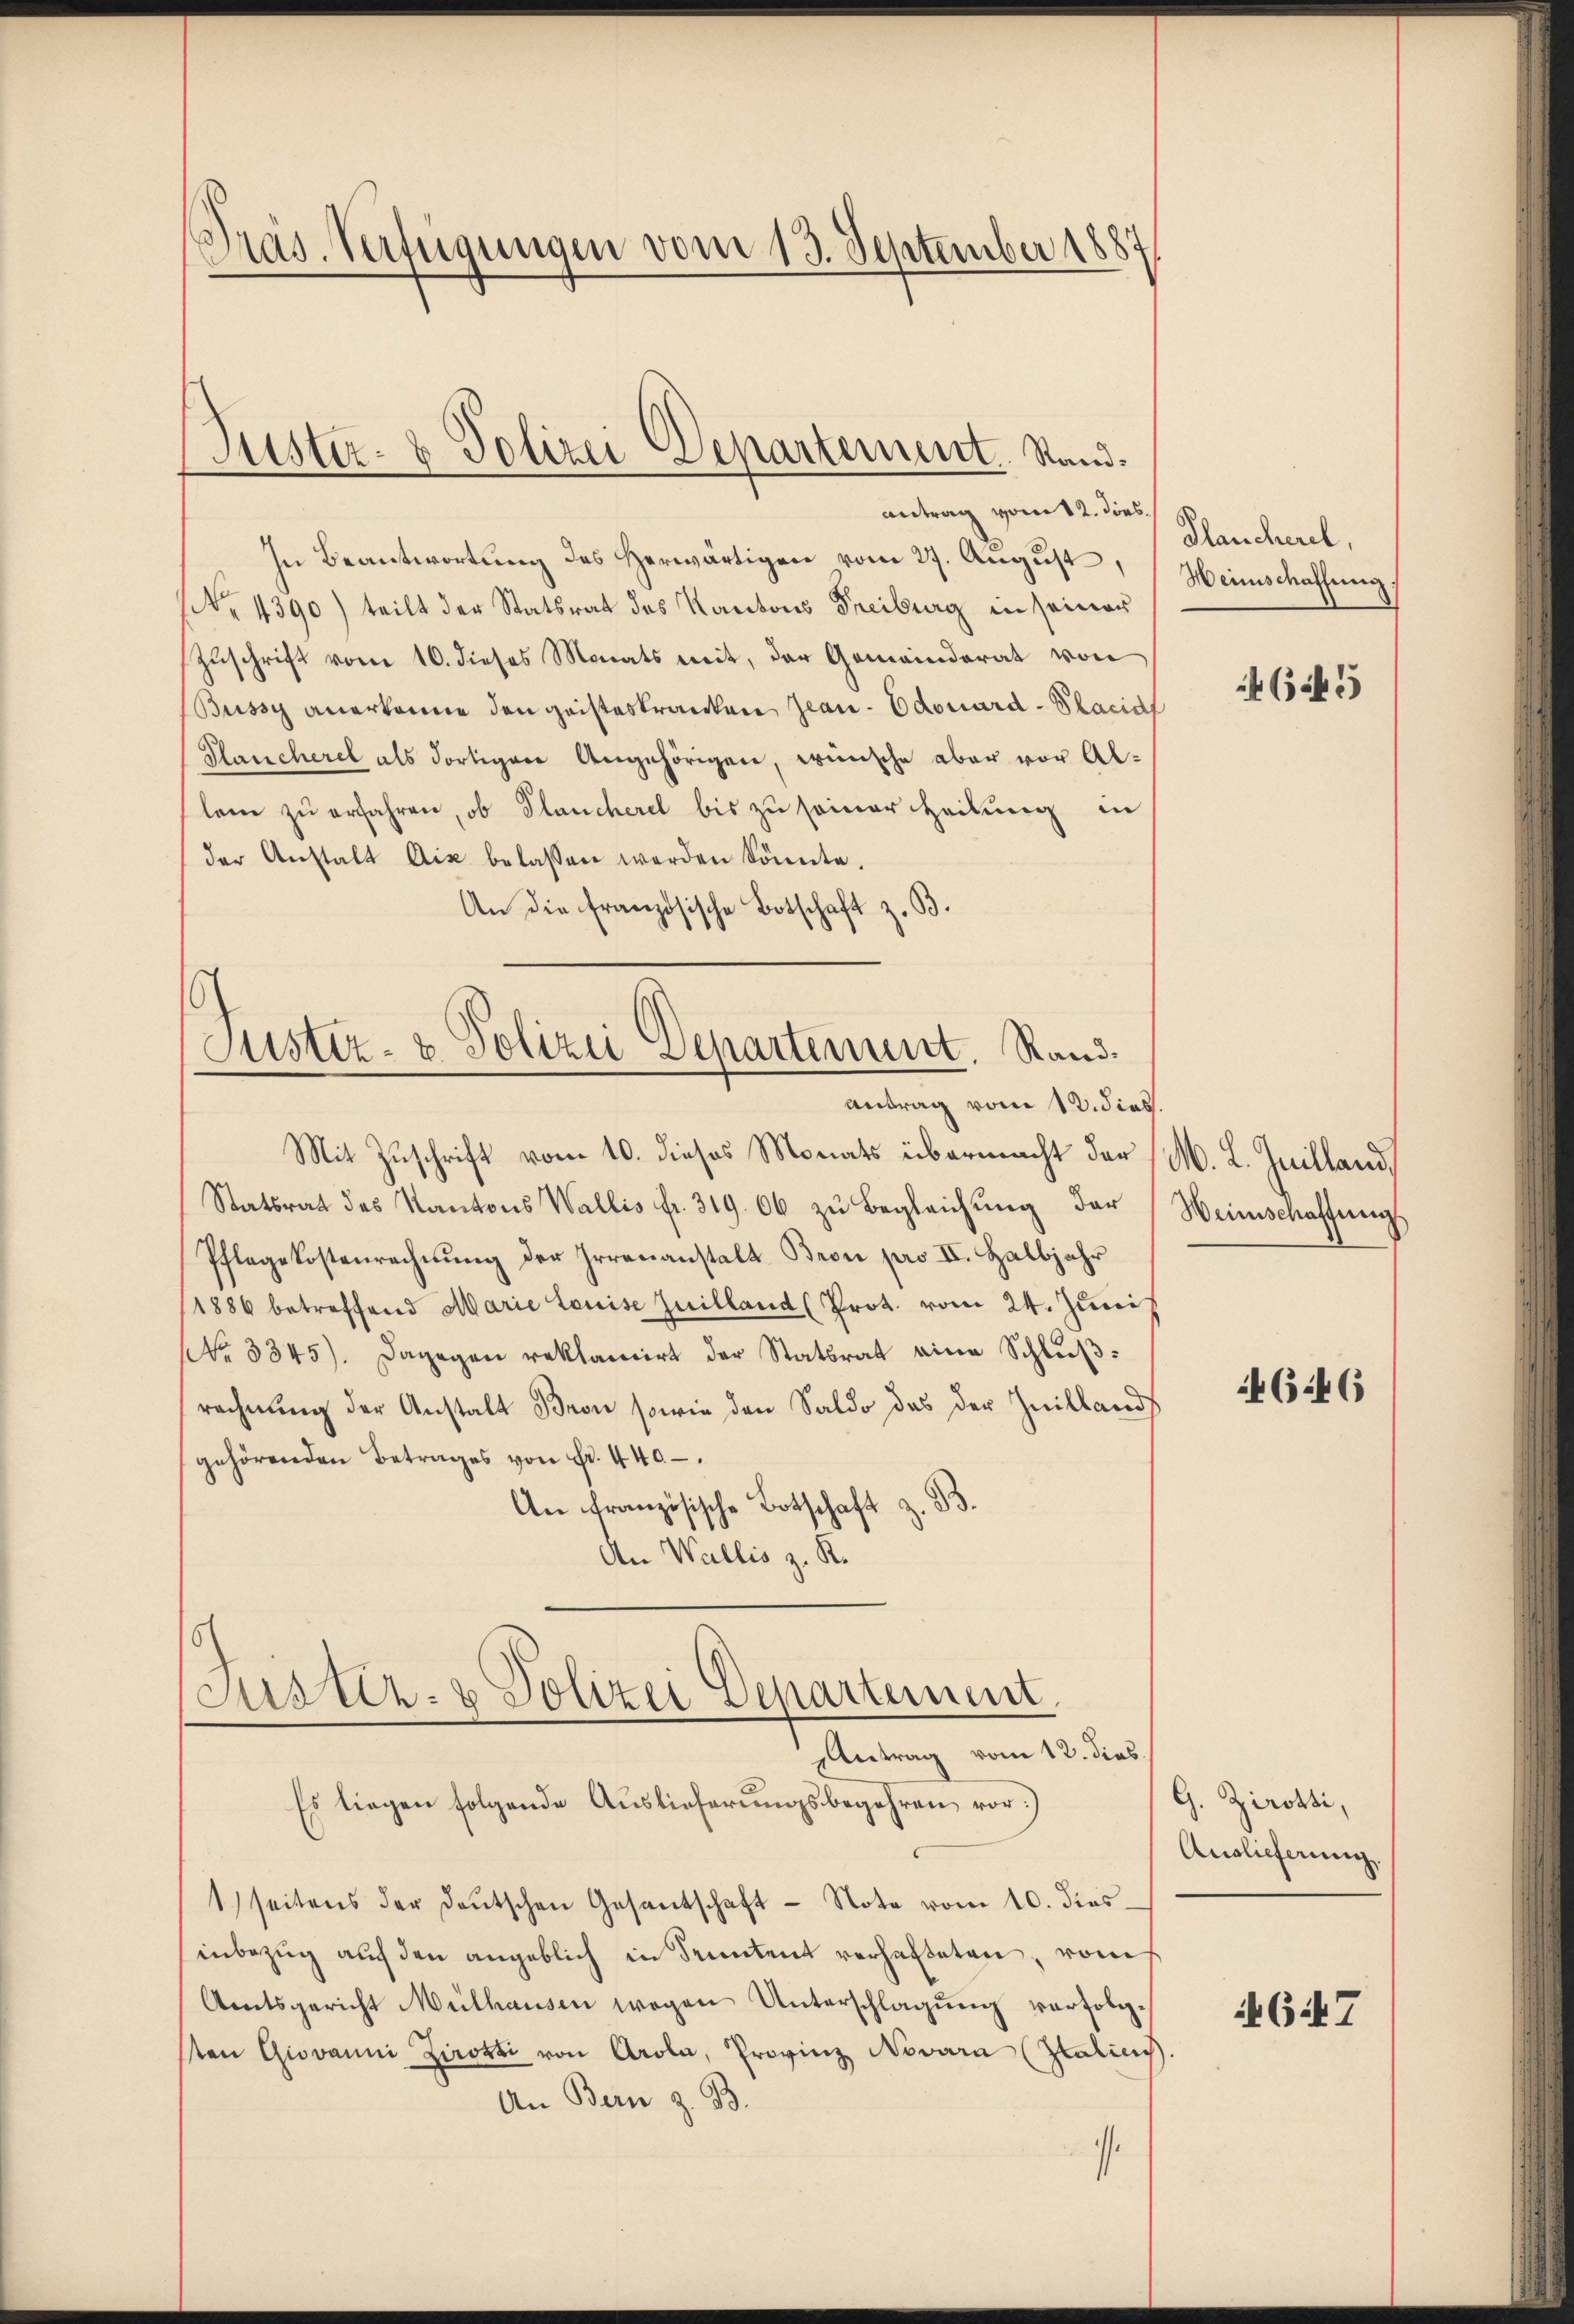
Präs. Verfügungen vom 13. September 1881

antrag vom 12. dies
In Beantwortung des Herwärtigen vom 27. August Heimschaffung,
 4390) teilt der Statsrat des Kantons Freiburg in seiner
Zuschrift vom 10. dieses Monats mit, der Gemeinderat von
Büssy anerkanne den geisteskranken Jeau-Edouard-Placid
Plancherel als dortigen Angehörigen, wünsche aber vor Allane zu erfahren, ob Plancheret bis zu seiner Heilung in
der Anstalt dix belassen werden könnte.
An die Französische Botschaft z. B.

Puster- & Polizei Departement. Stand.

Justiz- & Polizei Departement. Rand.
Antrag vom 12. dies.

Mit Zuschrift vom 10. dieses Monats übermacht der (M. L. Guilland,
Statsrat des Kantons Wallis fr. 319. 06 zŭ begleichŭng der Weinschaffung
Pflegekostenrechnŭng der Irrenanstalt Bron pro II. Halbjahr
(1886 betreffend Marie Louise Juilland (Prot. vom 24. Junis
NNo. 3345). Dagegen reklamirt der Statsrat eine Schlußrechnung der Anstalt Bron sowie den Saldo das der Initland
gehörenden Betrages von Fr. 440
An Französische Botschaft z. B.
An Wallis z. R.

Justiz- & Polizei Departement
Antrag vom 12. dies

Es liegen folgende Auslieferŭngsbegehren vor:)
1) seitens der deŭtschen Gesantschaft - Note vom 10. dies
inbezug auf den angeblich in Senatent verhafteten, rom
Amtsgericht Mülhausen wegen Unterschlagung verfolgsten Giovanni Zirotti von Arola, Provinz Novara (Italicis.
An Bern z. B.
t

Plancherel,

4645

4646

G. Zirotti,
Auslieferung.

647